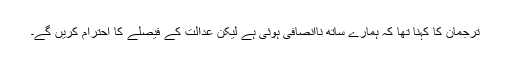
ترجمان کا کہنا تھا کہ ہمارے ساتھ ناانصافی ہوئی ہے لیکن عدالت کے فیصلے کا احترام کریں گے۔